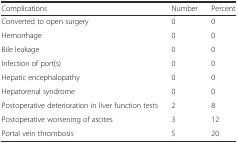
| Complications | Number | Percent |
 | --- | --- | --- |
 | Converted to open surgery | 0 | 0 |
 | Hemorrhage | 0 | 0 |
 | Bile leakage | 0 | 0 |
 | Infection of port(s) | 0 | 0 |
 | Hepatic encephalopathy | 0 | 0 |
 | Hepatorenal syndrome | 0 | 0 |
 | Postoperative deterioration in liver function tests | 2 | 8 |
 | Postoperative worsening of ascites | 3 | 12 |
 | Portal vein thrombosis | 5 | 20 |